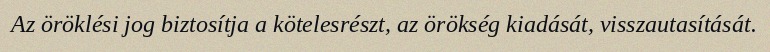
Az öröklési jog biztosítja a kötelesrészt, az örökség kiadását, visszautasítását.